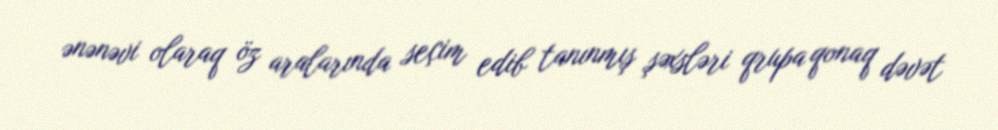
ənənəvi olaraq öz aralarında seçim edib tanınmış şəxsləri qrupa qonaq dəvət